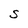
Character: S